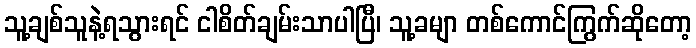
သူ့ချစ်သူနဲ့ရသွားရင် ငါစိတ်ချမ်းသာပါပြီ၊ သူ့ခမျာ တစ်ကောင်ကြွက်ဆိုတော့